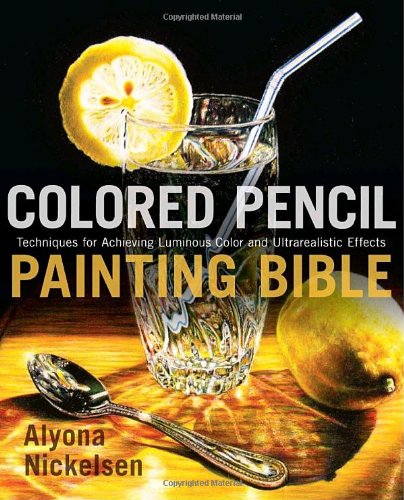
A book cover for Colored Pencil Painting Bible: Techniques for Achieving Luminous Color and Ultrarealistic Effects; Alyona Nickelsen; Arts & Photography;